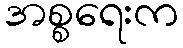
အစ္စရေးက